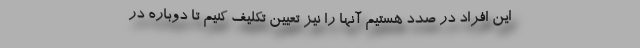
این افراد در صدد هستیم آنها را نیز تعیین تکلیف کنیم تا دوباره در